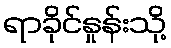
ရာခိုင်နှုန်းသို့